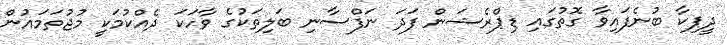
ދީޕިކާ ބުނެފައިވާ ގޮތުގައި ޑިޕްރެޝަން ފަދަ ނަފްސާނި ބަލިތަކުގެ ވާހަކަ ދެއްކުމަކީ މުޖުތަމައުން